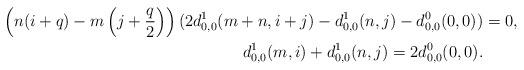
LaTeX: \begin{align*}\left(n(i+q)-m\left(j+\frac q2\right)\right)(2d^1_{0,0}(m+n,i+j)-d^1_{0,0}(n,j)-d^0_{0,0}(0,0))&=0,\\d^1_{0,0}(m,i)+d^1_{0,0}(n,j)=2d^0_{0,0}(0,0).\end{align*}